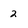
Character: 2